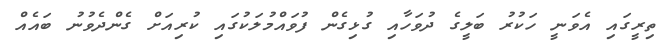
ތިރީގައި އެވަނީ ހަކުރު ބަލީގެ ދުވަހާއި ގުޅިގެން ފުވައްމުލަކުގައި ކުރިއަށް ގެންދެވުނު ބައެއް